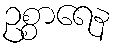
ဥစ္စာရေန